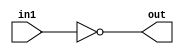
module notfromnand (
    out, in1 
);
    input in1;
    output out;

    nand n1(out, in1, in1);
    
endmodule